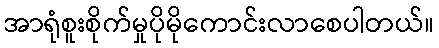
အာရုံစူးစိုက်မှုပိုမိုကောင်းလာစေပါတယ်။